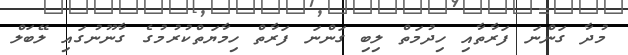
މުދާ ގަންނަ ފަރާތާއި ހިދުމަތް ލިބި ގަންނަ ފަރާތް ހިމާޔަތްކުރުމުގެ ގާނޫނުގައި ލޭބަލް